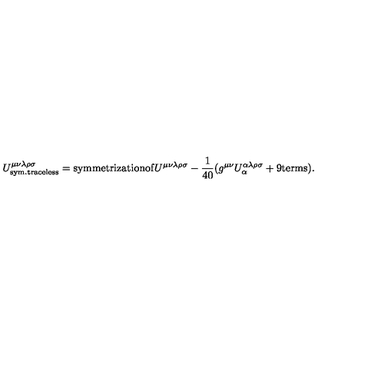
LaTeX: U _ { \mathrm { { s y m . t r a c e l e s s } } } ^ { \mu \nu \lambda \rho \sigma } = \mathrm { s y m m e t r i z a t i o n o f } U ^ { \mu \nu \lambda \rho \sigma } - \frac { 1 } { 4 0 } ( g ^ { \mu \nu } U _ { \alpha } ^ { \alpha \lambda \rho \sigma } + \mathrm { 9 t e r m s } ) .